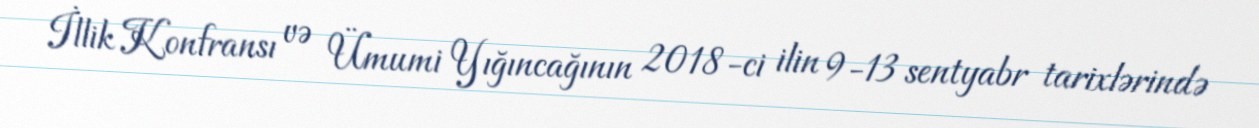
İllik Konfransı və Ümumi Yığıncağının 2018-ci ilin 9-13 sentyabr tarixlərində